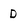
Character: D